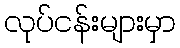
လုပ်ငန်းများမှာ